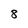
Character: 8